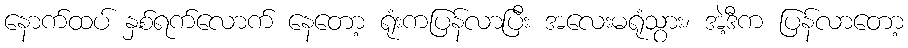
နောက်ထပ် နှစ်ရက်လောက် နေတော့ ရုံးကပြန်လာပြီး အလေးမရုံသွား၊ အဲ့ဒီက ပြန်လာတော့